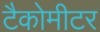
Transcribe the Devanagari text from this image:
टैकोमीटर